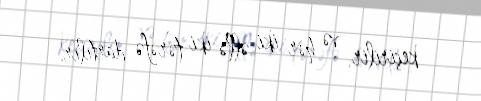
keçirilir və hər iki əllə iki tərəfə dartılır.